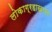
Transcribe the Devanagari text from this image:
लोकाग्रहाखातर